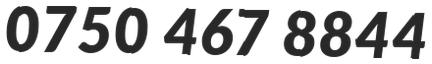
0750 467 8844